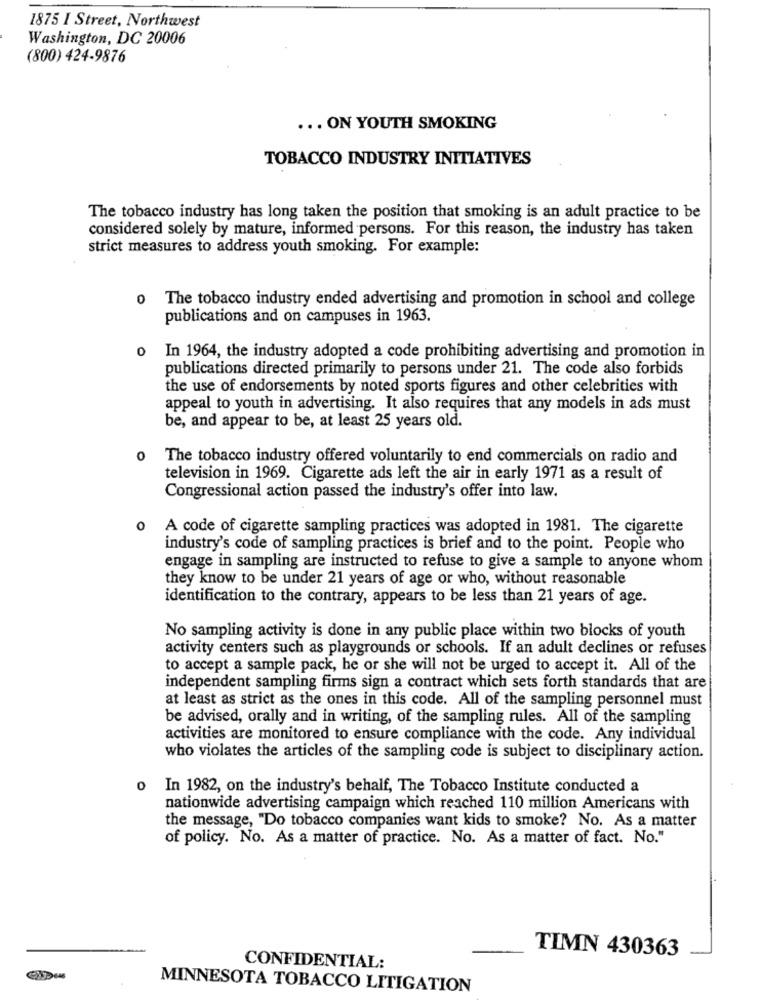
1875 I Street, Northwest
Washington, DC 20006
(800) 424-9876
... ON YOUTH SMOKING
TOBACCO INDUSTRY INITIATIVES
The tobacco industry has long taken the position that smoking is an adult practice to be
considered solely by mature, informed persons. For this reason, the industry has taken
strict measures to address youth smoking. For example:
o The tobacco industry ended advertising and promotion in school and college
publications and on campuses in 1963.
o In 1964, the industry adopted a code prohibiting advertising and promotion in
publications directed primarily to persons under 21. The code also forbids
the use of endorsements by noted sports figures and other celebrities with
appeal to youth in advertising. It also requires that any models in ads must
be, and appear to be, at least 25 years old.
0
The tobacco industry offered voluntarily to end commercials on radio and
television in 1969. Cigarette ads left the air in early 1971 as a result of
Congressional action passed the industry's offer into law.
o A code of cigarette sampling practices was adopted in 1981. The cigarette
industry's code of sampling practices is brief and to the point. People who
engage in sampling are instructed to refuse to give a sample to anyone whom
they know to be under 21 years of age or who, without reasonable
identification to the contrary, appears to be less than 21 years of age.
No sampling activity is done in any public place within two blocks of youth
activity centers such as playgrounds or schools. If an adult declines or refuses
to accept a sample pack, he or she will not be urged to accept it. All of the
independent sampling firms sign a contract which sets forth standards that are
at least as strict as the ones in this code. All of the sampling personnel must
be advised, orally and in writing, of the sampling rules. All of the sampling
activities are monitored to ensure compliance with the code. Any individual
who violates the articles of the sampling code is subject to disciplinary action.
O
In 1982, on the industry's behalf, The Tobacco Institute conducted a
nationwide advertising campaign which reached 110 million Americans with
the message, "Do tobacco companies want kids to smoke? No. As a matter
of policy. No. As a matter of practice. No. As a matter of fact. No."
TIMN 430363
CONFIDENTIAL:
MINNESOTA TOBACCO LITIGATION